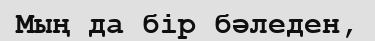
Мың да бір бәледен,